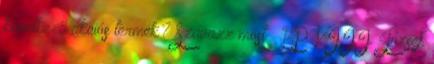
következő akciós termék? Szavazz most » BP VIII. József